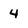
Character: 4